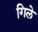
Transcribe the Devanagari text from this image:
गिले